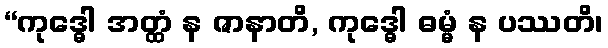
“ကုဒ္ဓေါ အတ္ထံ န ဇာနာတိ, ကုဒ္ဓေါ ဓမ္မံ န ပဿတိ၊